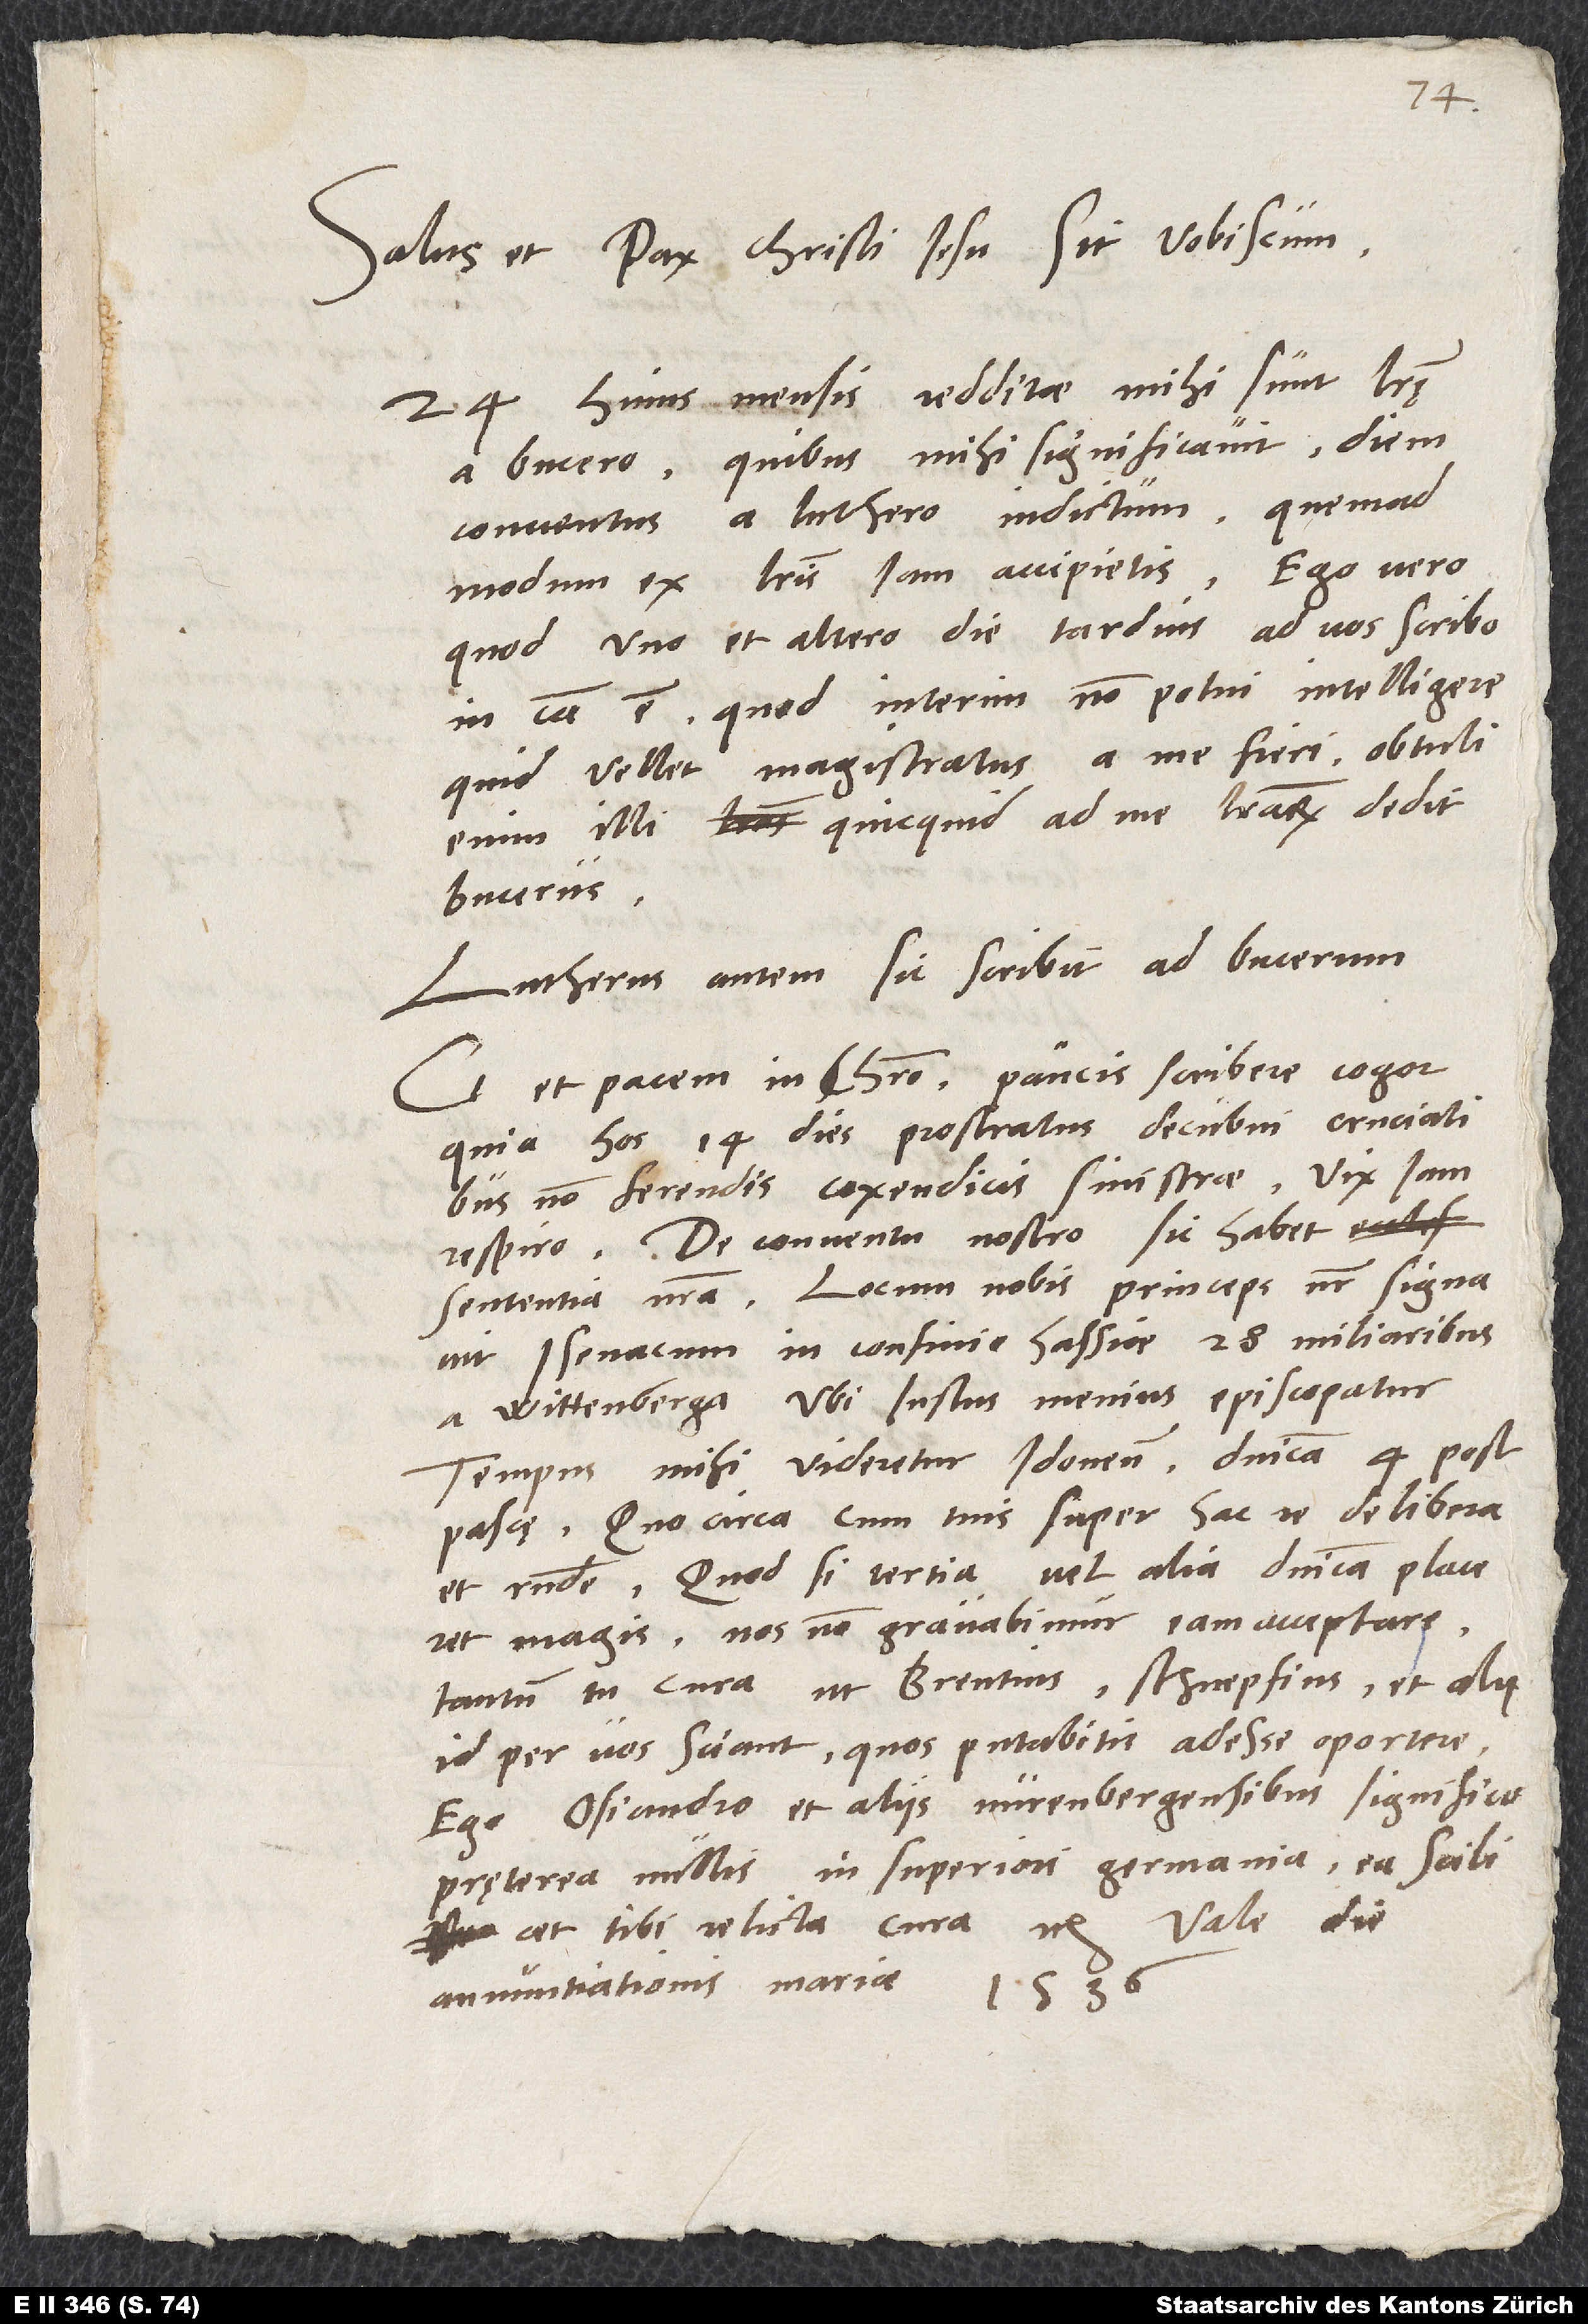
Salus et pax Christi Iesu sit vobiscum.
24. huius mensis redditae mihi sunt literę
a Bucero, quibus mihi significavit diem
conventus a Luthero indictum, quemadmodum
ex literis iam accipietis. Ego vero
quod uno et altero die tardius ad vos scribo,
in causa est, quod interim non potui intelligere,
quid vellet magistratus a me fieri. Obtuli
enim ilIi, quicquid ad me literarum dedit
Bucerus.
Lutherus autem sic scribit ad Bucerum:
et pacem in Christo. Paucis scribere cogor,
quia hos 14 dies prostratus decubui cruciatibus
non ferendis coxendicis sinistrae; vix iam
respiro. De conventu nostro sic habet
sententia nostra: Locum nobis princeps noster signavit
Isenacum in confinio Hassiae, 28 miliaribus
a Wittenberga, ubi lustus Menius episcopatur.
Tempus mihi videretur idoneum dominica 4. post
pascae. Quocirca cum tuis super hac re delibera
et responde. Quodsi tertia vel alia dominica placeret
magis, nos non gravabimur eam acceptare.
Tantum tu cura, ut Brentius, Schnepfius et alii
id per vos sciant, quos putabitis adesse oportere.
Ego Osiandro et aliis Nurenbergensibus significo,
pręterea nullis in Superiori Germania, ea scilicet
tibi relicta cura etc. Vale. Die
annuntiationis Mariae 1536."